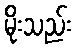
မိုးသည်း